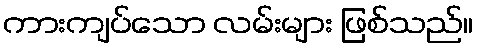
ကားကျပ်သော လမ်းများ ဖြစ်သည်။